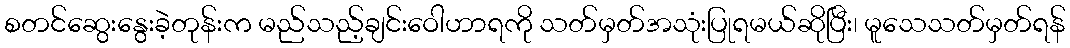
စတင်ဆွေးနွေးခဲ့တုန်းက မည်သည့်ချင်းဝေါဟာရကို သတ်မှတ်အသုံးပြုရမယ်ဆိုပြီး၊ မူသေသတ်မှတ်ရန်